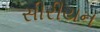
સીરીયન